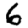
Digit: 6